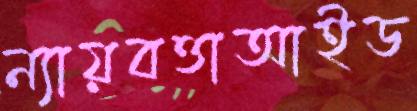
ন্যায়বত্তাআইড